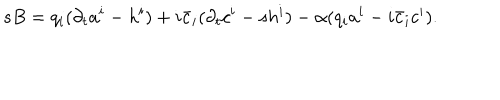
s B = q _ { i } ( \partial _ { t } a ^ { i } - h ^ { i } ) + i \bar { c } _ { i } ( \partial _ { t } c ^ { i } - s h ^ { i } ) - \alpha ( q _ { i } a ^ { i } - i \bar { c } _ { i } c ^ { i } ) .